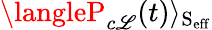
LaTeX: \langleP_{c\mathscr{L}}(t)\rangle_{\mathrm{{{S_{eff}}}}}